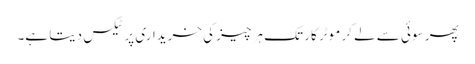
پھر سوئی سے لے کر موٹر کار تک ہر چیز کی خریداری پر ٹیکس دیتا ہے۔